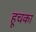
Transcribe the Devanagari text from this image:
हूचका